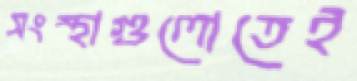
সংস্থাগুলোতেই